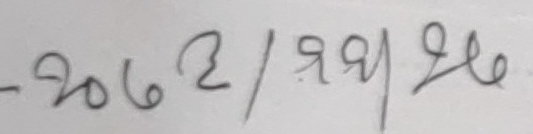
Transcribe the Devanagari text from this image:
-२०६२/१९९५२६